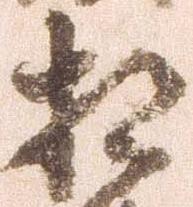
相